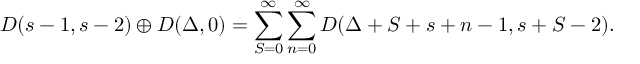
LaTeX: D ( s - 1 , s - 2 ) \oplus D ( \Delta , 0 ) = \sum _ { S = 0 } ^ { \infty } \sum _ { n = 0 } ^ { \infty } D ( \Delta + S + s + n - 1 , s + S - 2 ) .